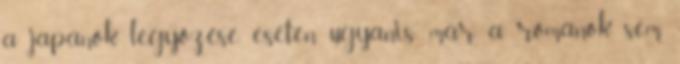
a japánok legyőzése esetén ugyanis már a románok sem